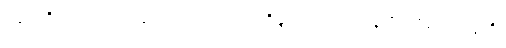
ဟောတိ၊ အကယ်၍ ဖြစ်ငြားအံ့။ တာဝ၊ ထိုမျှလောက်။ ဇာနာမိ၊ သိရအံ့။ ဣတိ၊